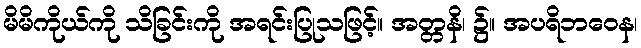
မိမိကိုယ်ကို သိခြင်းကို အရင်းပြုသဖြင့်။ အတ္တနိ၊ ၌။ အပရိဘဝေန၊